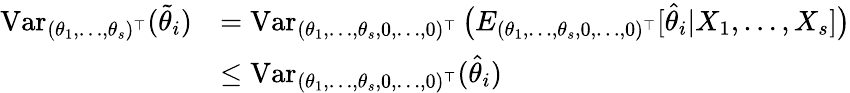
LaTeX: \begin{array}{rl}{\operatorname{Var}_{(\theta_{1},\dots,\theta_{s})^{\top}}(\widetilde\theta_{i})}&{=\operatorname{Var}_{(\theta_{1},\dots,\theta_{s},0,\dots,0)^{\top}}\big(E_{(\theta_{1},\dots,\theta_{s},0,\dots,0)^{\top}}[\widehat\theta_{i}|X_{1},\dots,X_{s}]\big)}\\ &{\leq\operatorname{Var}_{(\theta_{1},\dots,\theta_{s},0,\dots,0)^{\top}}(\widehat\theta_{i})}\end{array}